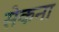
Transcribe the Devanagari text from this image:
सेकना